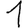
Digit: 1